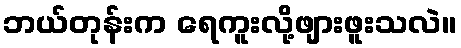
ဘယ်တုန်းက ရေကူးလို့ဖျားဖူးသလဲ။